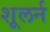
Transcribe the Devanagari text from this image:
शूलर्न